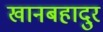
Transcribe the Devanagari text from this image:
खानबहादुर